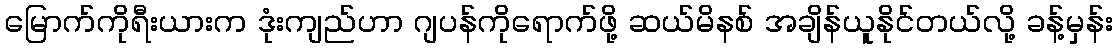
မြောက်ကိုရီးယားက ဒုံးကျည်ဟာ ဂျပန်ကိုရောက်ဖို့ ဆယ်မိနစ် အချိန်ယူနိုင်တယ်လို့ ခန့်မှန်း